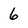
Character: 6